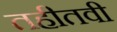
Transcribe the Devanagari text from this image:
तहीतवी